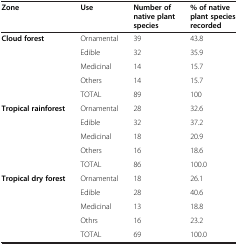
<table><thead><tr><td><b>Zone</b></td><td><b>Use</b></td><td><b>Number of native plant species</b></td><td><b>% of native plant species recorded</b></td></tr></thead><tbody><tr><td><b>Cloud forest</b></td><td>Ornamental</td><td>39</td><td>43.8</td></tr><tr><td> </td><td>Edible</td><td>32</td><td>35.9</td></tr><tr><td> </td><td>Medicinal</td><td>14</td><td>15.7</td></tr><tr><td> </td><td>Others</td><td>14</td><td>15.7</td></tr><tr><td> </td><td>TOTAL</td><td>89</td><td>100</td></tr><tr><td><b>Tropical rainforest</b></td><td>Ornamental</td><td>28</td><td>32.6</td></tr><tr><td> </td><td>Edible</td><td>32</td><td>37.2</td></tr><tr><td> </td><td>Medicinal</td><td>18</td><td>20.9</td></tr><tr><td> </td><td>Others</td><td>16</td><td>18.6</td></tr><tr><td> </td><td>TOTAL</td><td>86</td><td>100.0</td></tr><tr><td><b>Tropical dry forest</b></td><td>Ornamental</td><td>18</td><td>26.1</td></tr><tr><td> </td><td>Edible</td><td>28</td><td>40.6</td></tr><tr><td> </td><td>Medicinal</td><td>13</td><td>18.8</td></tr><tr><td> </td><td>Othrs</td><td>16</td><td>23.2</td></tr><tr><td> </td><td>TOTAL</td><td>69</td><td>100.0</td></tr></tbody></table>